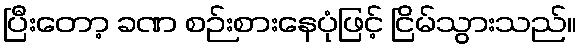
ပြီးတော့ ခဏ စဉ်းစားနေပုံဖြင့် ငြိမ်သွားသည်။